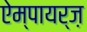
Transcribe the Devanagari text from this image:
ऐम्पायर्ज़